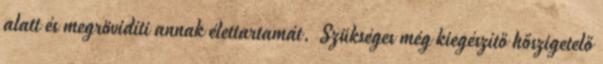
alatt és megrövidíti annak élettartamát. Szükséges még kiegészítő hőszigetelő